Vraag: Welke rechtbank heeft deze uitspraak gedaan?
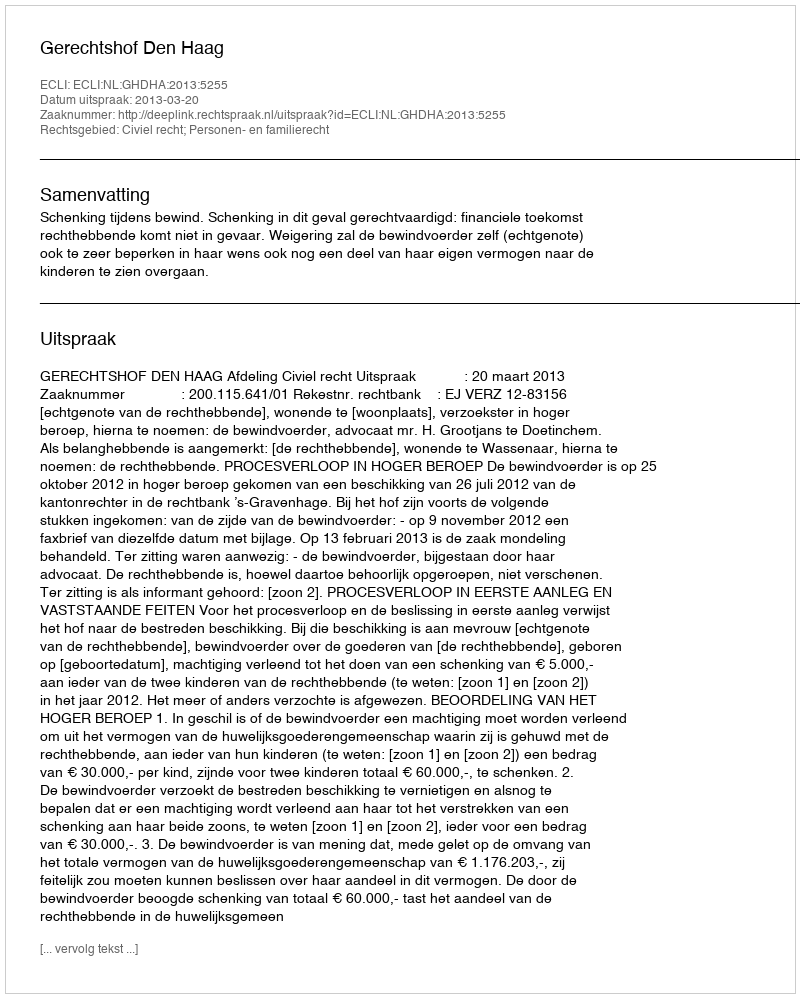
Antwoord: Gerechtshof Den Haag